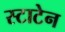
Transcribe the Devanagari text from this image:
स्टाटेन